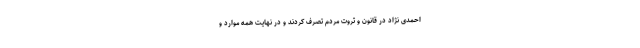
احمدی نژاد در قانون و ثروت مردم تصرف کردند و در نهایت همه موارد و